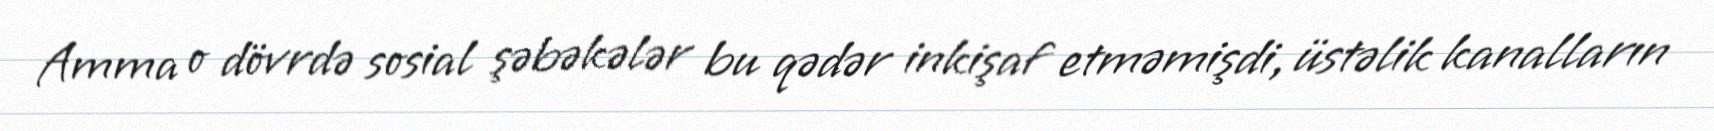
Amma o dövrdə sosial şəbəkələr bu qədər inkişaf etməmişdi, üstəlik kanalların